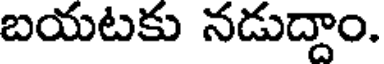
బయటకు నడుద్దాం.